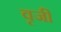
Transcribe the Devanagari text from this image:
वृजी